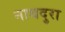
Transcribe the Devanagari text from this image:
नाथदुरा